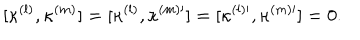
[ \kappa ^ { ( l ) } , \kappa ^ { ( m ) } ] = [ \kappa ^ { ( l ) } , \kappa ^ { ( m ) \prime } ] = [ \kappa ^ { ( l ) \prime } , \kappa ^ { ( m ) \prime } ] = 0 .